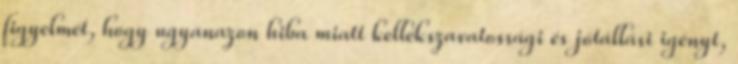
figyelmét, hogy ugyanazon hiba miatt kellékszavatossági és jótállási igényt,